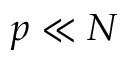
p \ll N